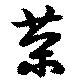
茶